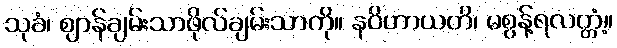
သုခံ၊ ဈာန်ချမ်းသာဖိုလ်ချမ်းသာကို။ နဝိဟာယတိ၊ မစွန့်ရလတ္တံ့။